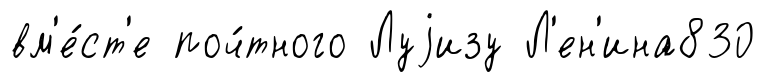
вм'е́ст'е поч́тного Луjизу Л'ен'ина830